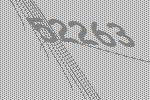
52263